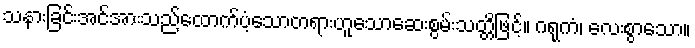
သနားခြင်းအင်အားသည်ထောက်ပံ့သောတရားဟူသောဆေးစွမ်းသတ္တိဖြင့်။ ဂရုကံ၊ လေးစွာသော။